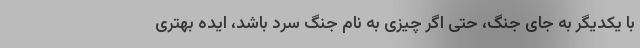
با یکدیگر به جای جنگ، حتی اگر چیزی به نام جنگ سرد باشد، ایده بهتری